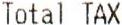
TOTAL TAX